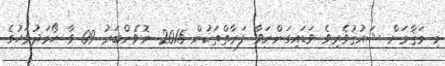
މި މަޤާމަށް ޝައުޤުވެރިވެ ވަޑައިގަންނަވާ ފަރާތްތަކުން 2015 ނޮވެންބަރު 09 ވާ ހޯމަދުވަހުގެ